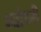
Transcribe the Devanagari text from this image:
ग्योव्नी